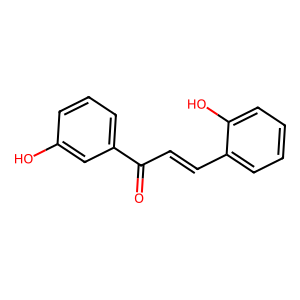
SMILES: O=C(C=Cc1ccccc1O)c1cccc(O)c1
Inhibits HIV replication: No